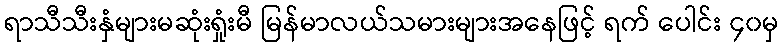
ရာသီသီးနှံများမဆုံးရှုံးမီ မြန်မာလယ်သမားများအနေဖြင့် ရက် ပေါင်း ၄၀မှ